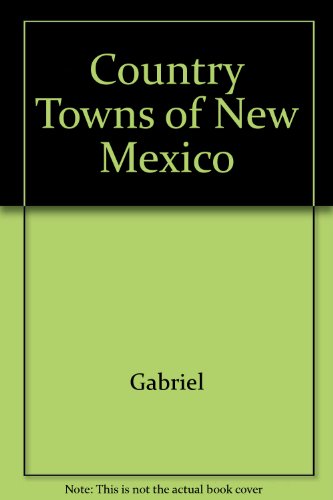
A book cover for Country Towns of New Mexico; Kathryn Gabriel; Travel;